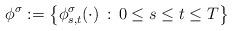
LaTeX: \begin{align*}\phi^{\sigma}:=\left\{ \phi_{s,t}^{\sigma}(\cdot)\,:\,0\leq s\leq t\leq T\right\} \end{align*}